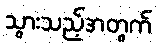
သွားသည့်အတွက်